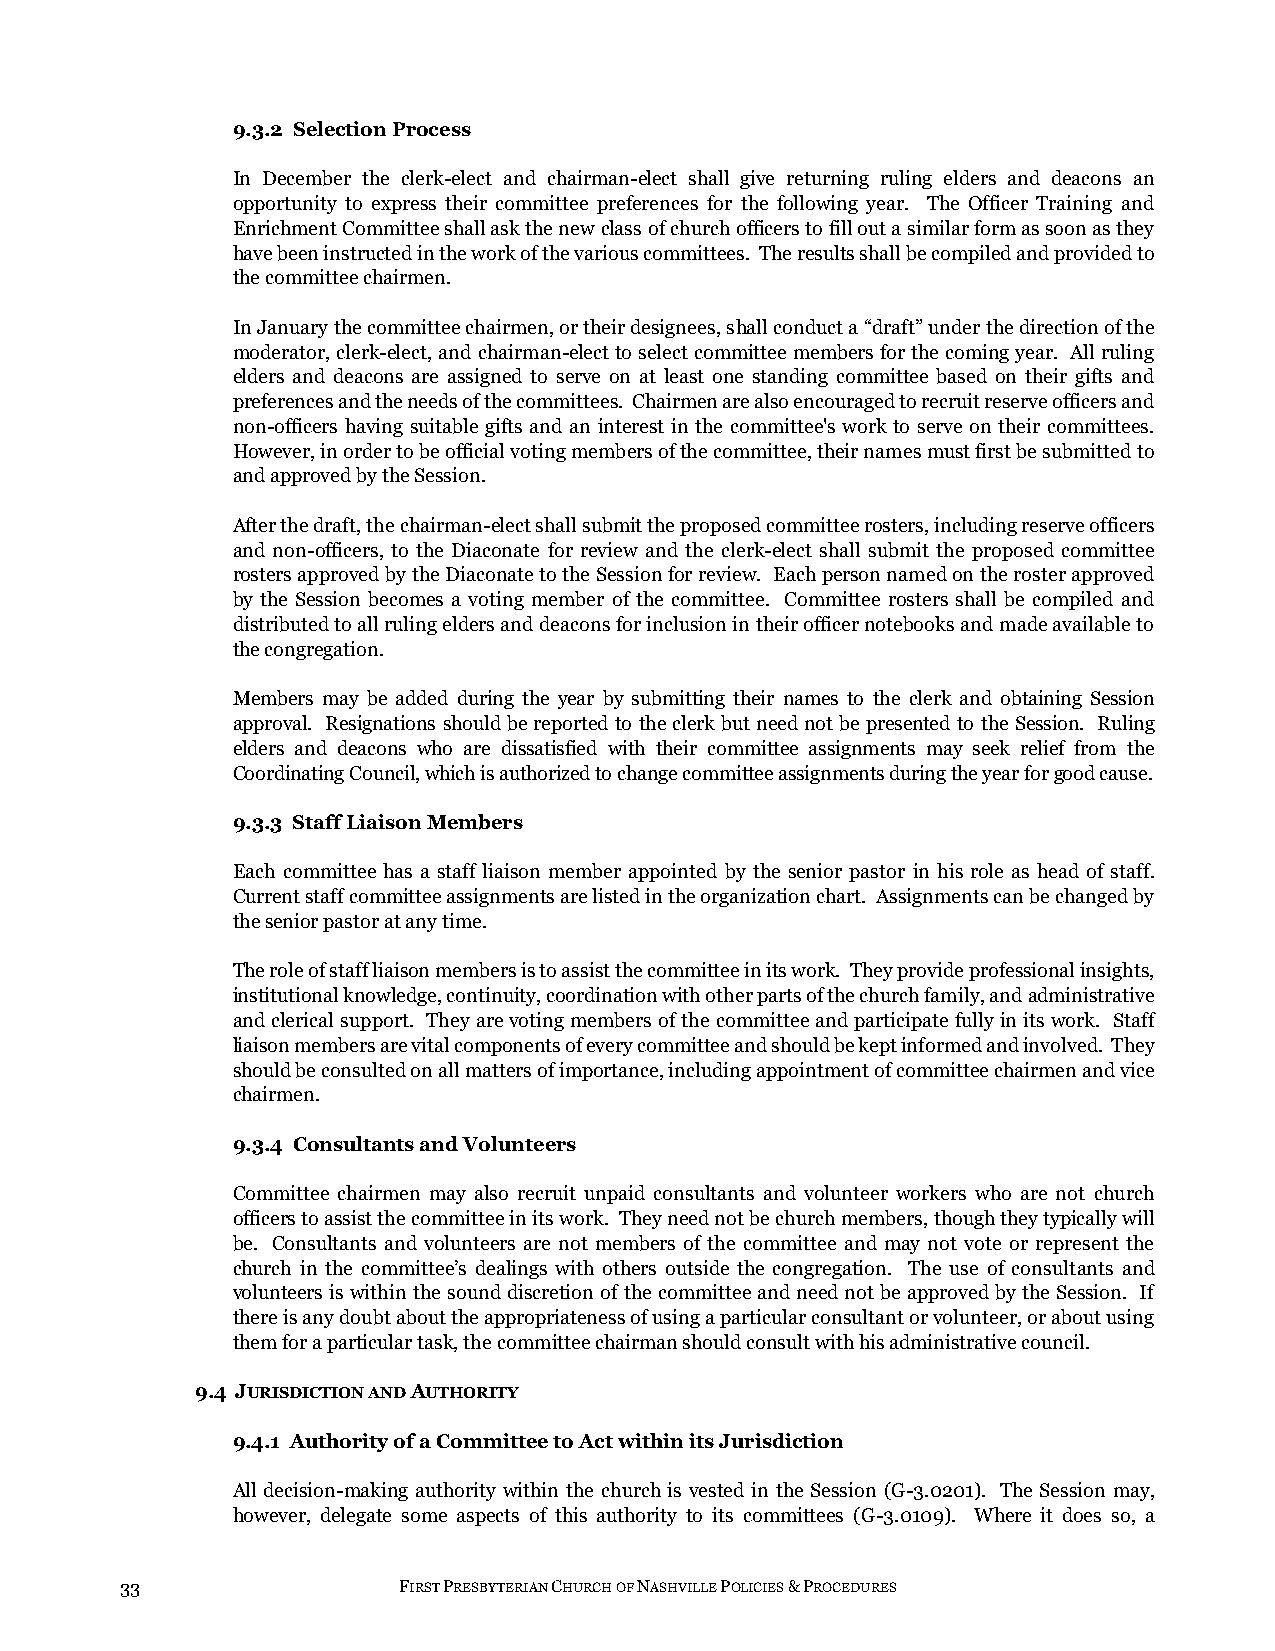
9.3.2 Selection Process
 In December the clerk-elect and chairman-elect shall give returning ruling elders and deacons an
 opportunity to express their committee preferences for the following year. The Officer Training and
 Enrichment Committee shall ask the new class of church officers to fill out a similar form as soon as they
 have been instructed in the work of the various committees. The results shall be compiled and provided to
 the committee chairmen.
 In January the committee chairmen, or their designees, shall conduct a “draft” under the direction of the
 moderator, clerk-elect, and chairman-elect to select committee members for the coming year. All ruling
 elders and deacons are assigned to serve on at least one standing committee based on their gifts and
 preferences and the needs of the committees. Chairmen are also encouraged to recruit reserve officers and
 non-officers having suitable gifts and an interest in the committee's work to serve on their committees.
 However, in order to be official voting members of the committee, their names must first be submitted to
 and approved by the Session.
 After the draft, the chairman-elect shall submit the proposed committee rosters, including reserve officers
 and non-officers, to the Diaconate for review and the clerk-elect shall submit the proposed committee
 rosters approved by the Diaconate to the Session for review. Each person named on the roster approved
 by the Session becomes a voting member of the committee. Committee rosters shall be compiled and
 distributed to all ruling elders and deacons for inclusion in their officer notebooks and made available to
 the congregation.
 Members may be added during the year by submitting their names to the clerk and obtaining Session
 approval. Resignations should be reported to the clerk but need not be presented to the Session. Ruling
 elders and deacons who are dissatisfied with their committee assignments may seek relief from the
 Coordinating Council, which is authorized to change committee assignments during the year for good cause.
 9.3.3 Staff Liaison Members
 Each committee has a staff liaison member appointed by the senior pastor in his role as head of staff.
 Current staff committee assignments are listed in the organization chart. Assignments can be changed by
 the senior pastor at any time.
 The role of staff liaison members is to assist the committee in its work. They provide professional insights,
 institutional knowledge, continuity, coordination with other parts of the church family, and administrative
 and clerical support. They are voting members of the committee and participate fully in its work. Staff
 liaison members are vital components of every committee and should be kept informed and involved. They
 should be consulted on all matters of importance, including appointment of committee chairmen and vice
 chairmen.
 9.3.4 Consultants and Volunteers
 Committee chairmen may also recruit unpaid consultants and volunteer workers who are not church
 officers to assist the committee in its work. They need not be church members, though they typically will
 be. Consultants and volunteers are not members of the committee and may not vote or represent the
 church in the committee’s dealings with others outside the congregation. The use of consultants and
 volunteers is within the sound discretion of the committee and need not be approved by the Session. If
 there is any doubt about the appropriateness of using a particular consultant or volunteer, or about using
 them for a particular task, the committee chairman should consult with his administrative council.
 9.4 JURISDICTION AND AUTHORITY
 9.4.1 Authority of a Committee to Act within its Jurisdiction
 All decision-making authority within the church is vested in the Session (G-3.0201). The Session may,
 however, delegate some aspects of this authority to its committees (G-3.0109). Where it does so, a
 33                FIRST PRESBYTERIAN CHURCH OF NASHVILLE POLICIES & PROCEDURES